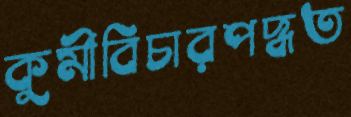
কুর্মীবিচারপদ্ধত